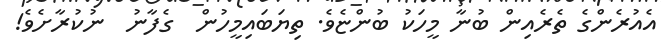
އެއުރެންގެ ތެރެއިން ބުނާ މީހަކު ބުންޏެވެ. ތިޔަބައިމީހުން  ގެފާނު  ނުކުރާށެވެ!